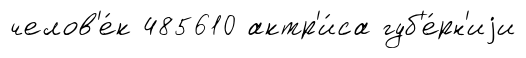
челов'е́к 485610 актр'и́са губ'е́рн'иjи